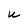
Character: U